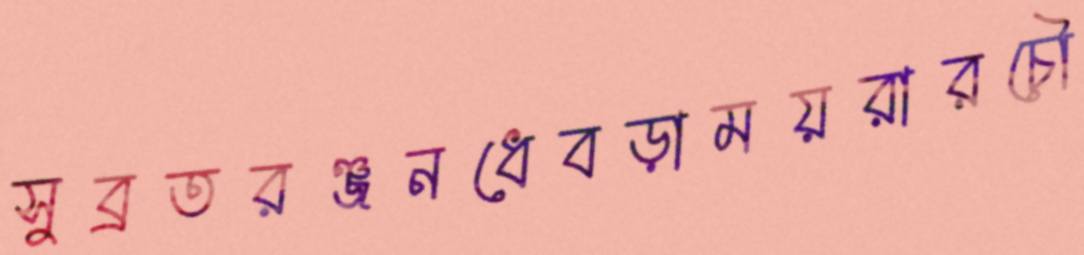
সুব্রতরঞ্জনধেবড়াময়রারচৌ